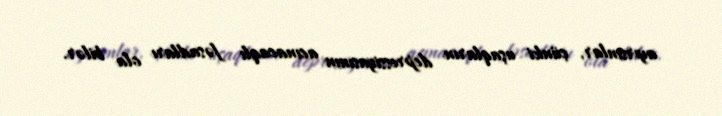
ayırsınlar, çünki uşaqların depressiyasının acınacaqlı fəsadları ola bilər.